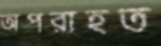
অপরাহত